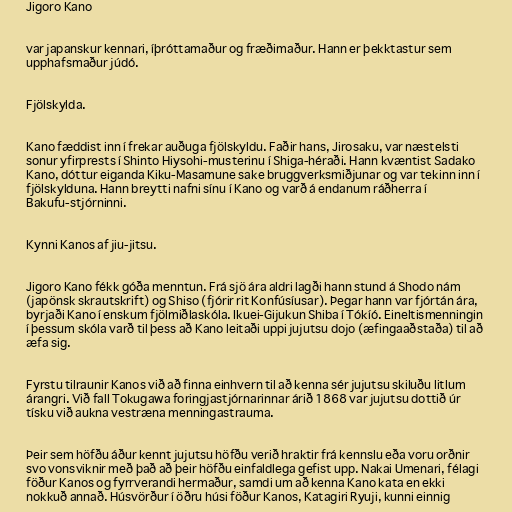
Jigoro Kano

var japanskur kennari, íþróttamaður og fræðimaður. Hann er þekktastur sem
upphafsmaður júdó.

Fjölskylda.

Kano fæddist inn í frekar auðuga fjölskyldu. Faðir hans, Jirosaku, var næstelsti
sonur yfirprests í Shinto Hiysohi-musterinu í Shiga-héraði. Hann kvæntist Sadako
Kano, dóttur eiganda Kiku-Masamune sake bruggverksmiðjunar og var tekinn inn í
fjölskylduna. Hann breytti nafni sínu í Kano og varð á endanum ráðherra í
Bakufu-stjórninni.

Kynni Kanos af jiu-jitsu.

Jigoro Kano fékk góða menntun. Frá sjö ára aldri lagði hann stund á Shodo nám
(japönsk skrautskrift) og Shiso (fjórir rit Konfúsíusar). Þegar hann var fjórtán ára,
byrjaði Kano í enskum fjölmiðlaskóla. Ikuei-Gijukun Shiba í Tókíó. Eineltismenningin
í þessum skóla varð til þess að Kano leitaði uppi jujutsu dojo (æfingaaðstaða) til að
æfa sig.

Fyrstu tilraunir Kanos við að finna einhvern til að kenna sér jujutsu skiluðu litlum
árangri. Við fall Tokugawa foringjastjórnarinnar árið 1868 var jujutsu dottið úr
tísku við aukna vestræna menningastrauma.

Þeir sem höfðu áður kennt jujutsu höfðu verið hraktir frá kennslu eða voru orðnir
svo vonsviknir með það að þeir höfðu einfaldlega gefist upp. Nakai Umenari, félagi
föður Kanos og fyrrverandi hermaður, samdi um að kenna Kano kata en ekki
nokkuð annað. Húsvörður í öðru húsi föður Kanos, Katagiri Ryuji, kunni einnig